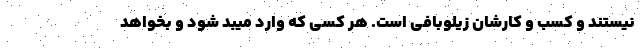
نیستند و کسب و کارشان زیلوبافی است. هر کسی که وارد میبد شود و بخواهد